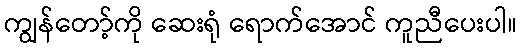
ကျွန်တော့်ကို ဆေးရုံ ရောက်အောင် ကူညီပေးပါ။